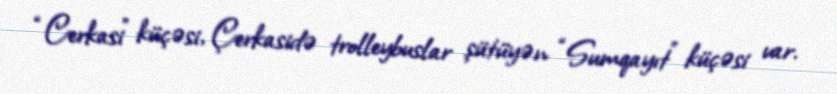
“Cerkasi” küçəsi, Çerkasidə trolleybuslar şütüyən “Sumqayıt” küçəsi var.